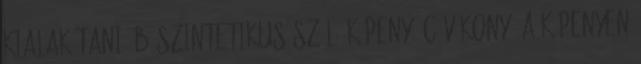
kialakítani: b szintetikus szálú köpeny, c vékony, a köpenyen